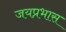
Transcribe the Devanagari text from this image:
जयप्रभास